Annual report of lunatic asylums [Bombay] - 1912-1922
Year: 1912
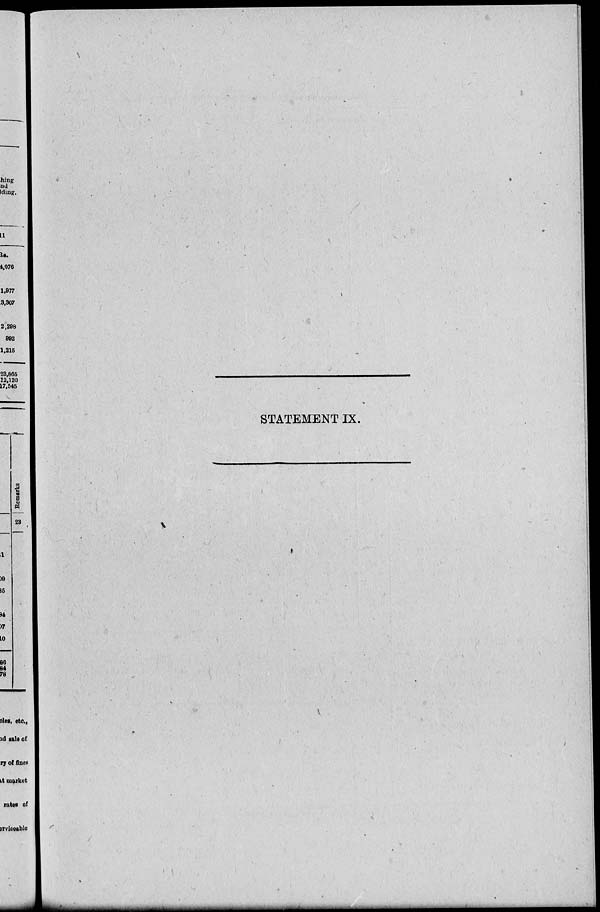
STATEMENT IX.